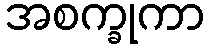
အစက္ခုကာ